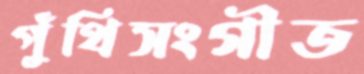
পুঁথিসংগীত